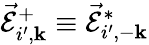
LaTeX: \vec{\mathcal{E}}_{i^{\prime},{\mathbf k}}^{+}\equiv\vec{\mathcal{E}}_{i^{\prime},-{\mathbf k}}^{*}